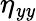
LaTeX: \eta_{\mathit{y}\mathit{y}}